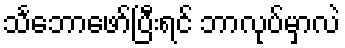
သင်္ဘောဖော်ပြီးရင် ဘာလုပ်မှာလဲ